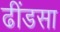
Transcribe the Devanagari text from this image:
ढींडसा